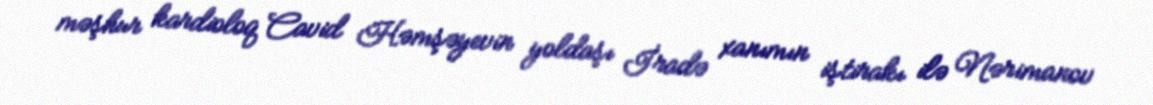
məşhur kardioloq Cavid Həmşəyevin yoldaşı İradə xanımın iştirakı ilə Nərimanov